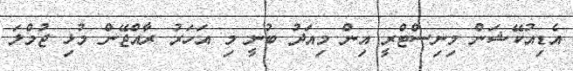
އެޑިއުކޭޝަން މިނިސްޓްރީ އިން މިއަދު ބުނީ މި އަހަރު ރާއްޖޭން މުޅި ޖުމްލަ